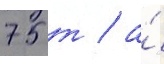
75 т / а́